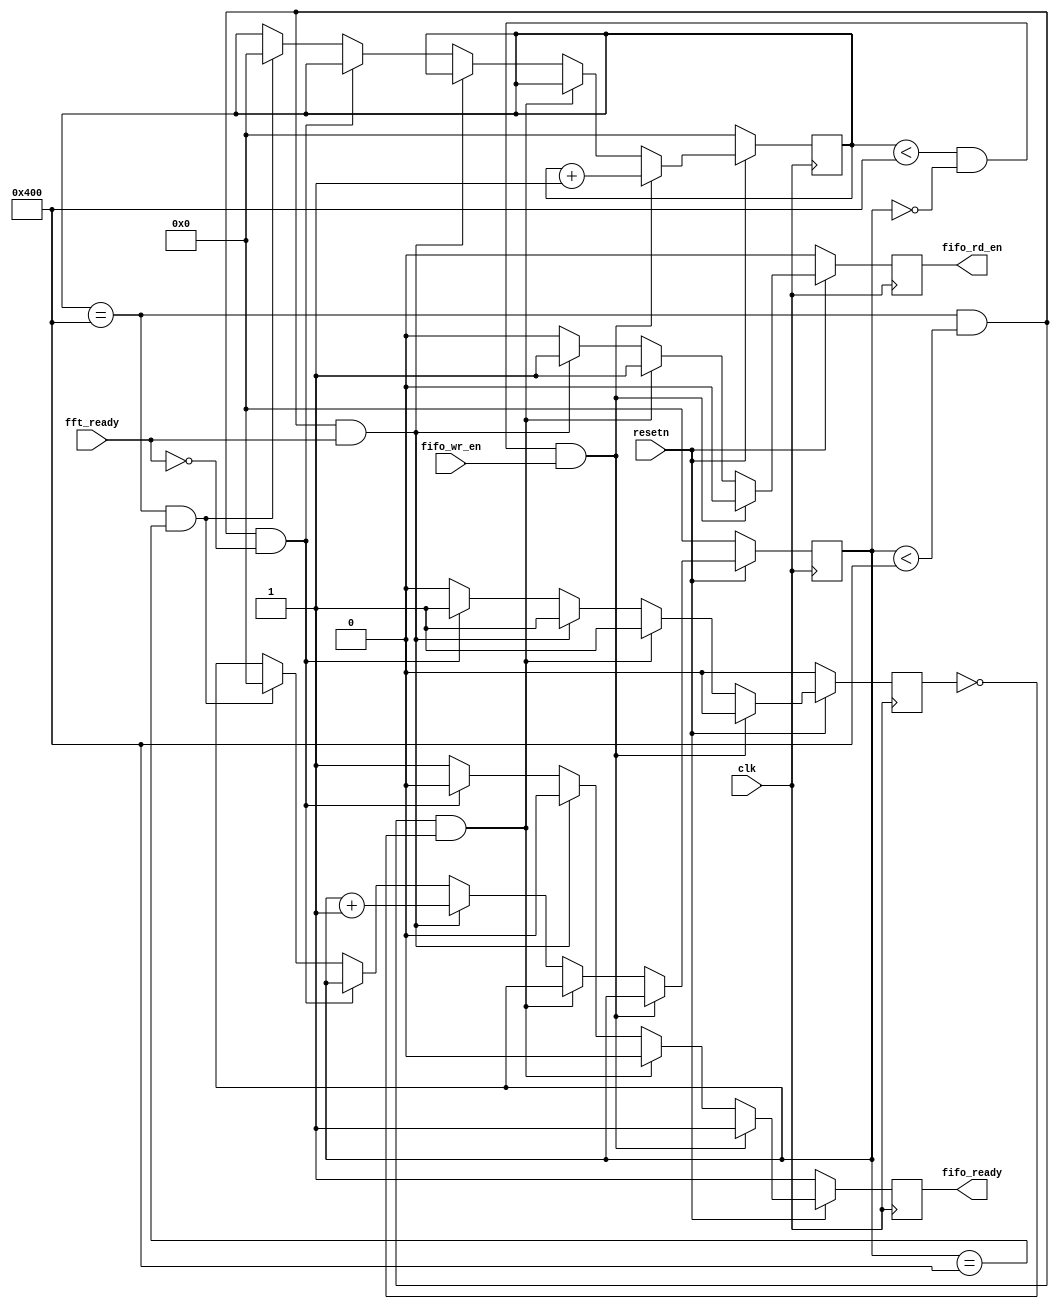
`timescale 1ns / 1ps

module fifo_rx_controller(input clk, input resetn, 
    input fifo_wr_en, output reg fifo_ready, // with w_rx
    input fft_ready, // with FFT
    output reg fifo_rd_en); // with FIFIO
    
//    input [31:0] fifo_in, input fifo_wr_en, output reg fifo_ready, 
//    input fft_ready, output fifo_valid, output [31:0] fifo_out);

    reg [10:0] counter;
    reg [10:0] counter_fifo_rd;
    reg processing_buf;
    
    always@(posedge clk) begin
        if(!resetn) begin
            counter <= 11'b0;
            counter_fifo_rd <= 11'b0;
//            fft_valid <= 1'b0;
            fifo_rd_en <= 1'b0;
            fifo_ready <= 1'b1;
            processing_buf <= 1'b0;
        end
        else begin
            if(counter<1024 && counter_fifo_rd==0 && fifo_wr_en) begin // creating pre-fft datastream, increment counter
                counter <= counter + 11'b1;
//                fft_valid <= 1'b0;
                counter_fifo_rd <= counter_fifo_rd;
                fifo_rd_en <= 1'b0;
                fifo_ready <= 1'b1;
                processing_buf <= 1'b0;
            end
            else if(counter==1024 && counter_fifo_rd<1024 && !processing_buf) begin // fifo is fully filled up, so read it
                counter <= counter;
//                fft_valid <= 1'b0;
                counter_fifo_rd <= counter_fifo_rd;
                fifo_rd_en <= 1'b1; // START READING FIFO
                fifo_ready <= 1'b0;
                processing_buf <= 1'b1; // DON'T NEED THIS ANYMORE
            end
            else if(counter==1024 && counter_fifo_rd<1024 && fft_ready) begin // processing fft, increment counter_fifo_rd
                counter <= counter;
//                fft_valid <= 1'b1; 
                counter_fifo_rd <= counter_fifo_rd + 11'b1;
                fifo_rd_en <= 1'b1;
                fifo_ready <= 1'b0;
                processing_buf <= 1'b1;
            end
            else if(counter==1024 && counter_fifo_rd<1024 && !fft_ready) begin // processing fft, increment counter_fifo_rd
                counter <= counter;
//                fft_valid <= 1'b1; 
                counter_fifo_rd <= counter_fifo_rd;
                fifo_rd_en <= 1'b0;
                fifo_ready <= 1'b0;
                processing_buf <= 1'b1;
            end            
            else if(counter==1024 && counter_fifo_rd==1024) begin // done
                counter <= 11'b0;
//                fft_valid <= 1'b0;
                counter_fifo_rd <= 11'b0;
                fifo_rd_en <= 1'b0;
                fifo_ready <= 1'b1;
                processing_buf <= 1'b0;
            end
            else begin // counter==0, counter_fifo_rd==0
                counter <= counter;
//                fft_valid <= 1'b0;
                counter_fifo_rd <= counter_fifo_rd;                
                fifo_rd_en <= 1'b0;
                fifo_ready <= 1'b1;
                processing_buf <= 1'b0;
            end
        end
    end

//    wire fifo_full, fifo_empty;
    
//    fifo_rx_wrapper pre_fifo_wrapper(.clk_0(clk),
//        .din_0(fifo_in),
//        .dout_0(fifo_out),
//        .empty_0(fifo_empty),
//        .full_0(fifo_full),
//        .rd_en_0(fifo_rd_en),
//        .srst_0(reset),
//        .valid_0(fifo_valid),
//        .wr_en_0(fifo_wr_en));

endmodule